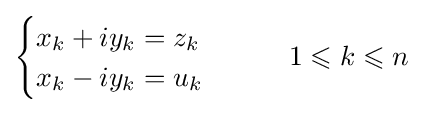
{\begin{cases}x_{k}+iy_{k}=z_{k}\\x_{k}-iy_{k}=u_{k}\end{cases}}\qquad 1\leqslant k\leqslant n